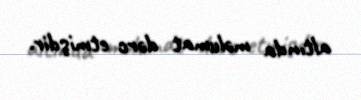
altında məlumat dərc etmişdir.